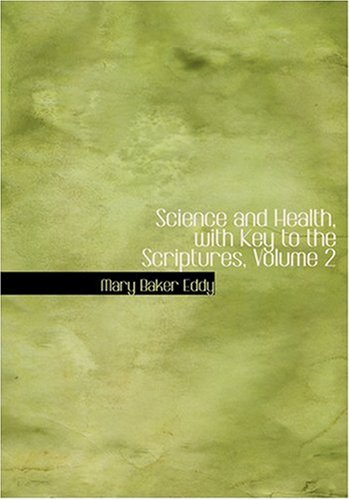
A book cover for Science and Health, with Key to the Scriptures, Volume 2; Mary Baker Eddy; Christian Books & Bibles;